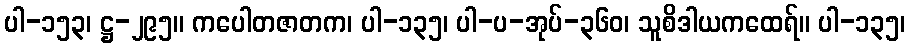
ပါ-၁၅၃၊ ဋ္ဌ-၂၉၅။ ကပေါတဇာတက၊ ပါ-၁၃၅၊ ပါ-ပ-အုပ်-၃၆၀၊ သူစိဒါယကထေရ်။ ပါ-၁၃၅၊